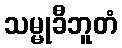
သမ္မုခီဘူတံ